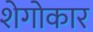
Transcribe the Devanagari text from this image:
शेगोकार